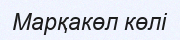
Марқакөл көлі